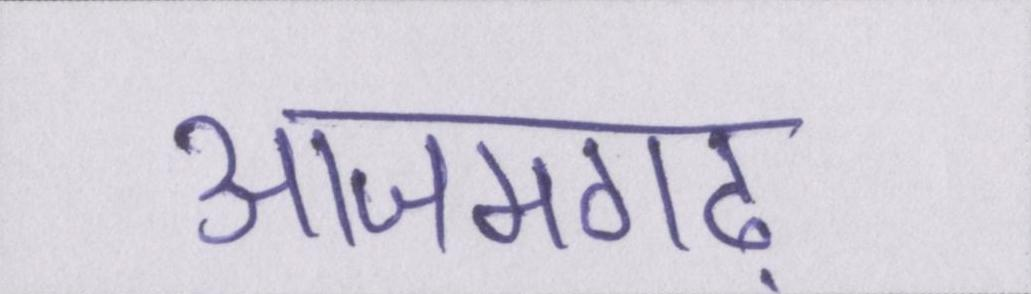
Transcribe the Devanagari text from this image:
आजमगढ़